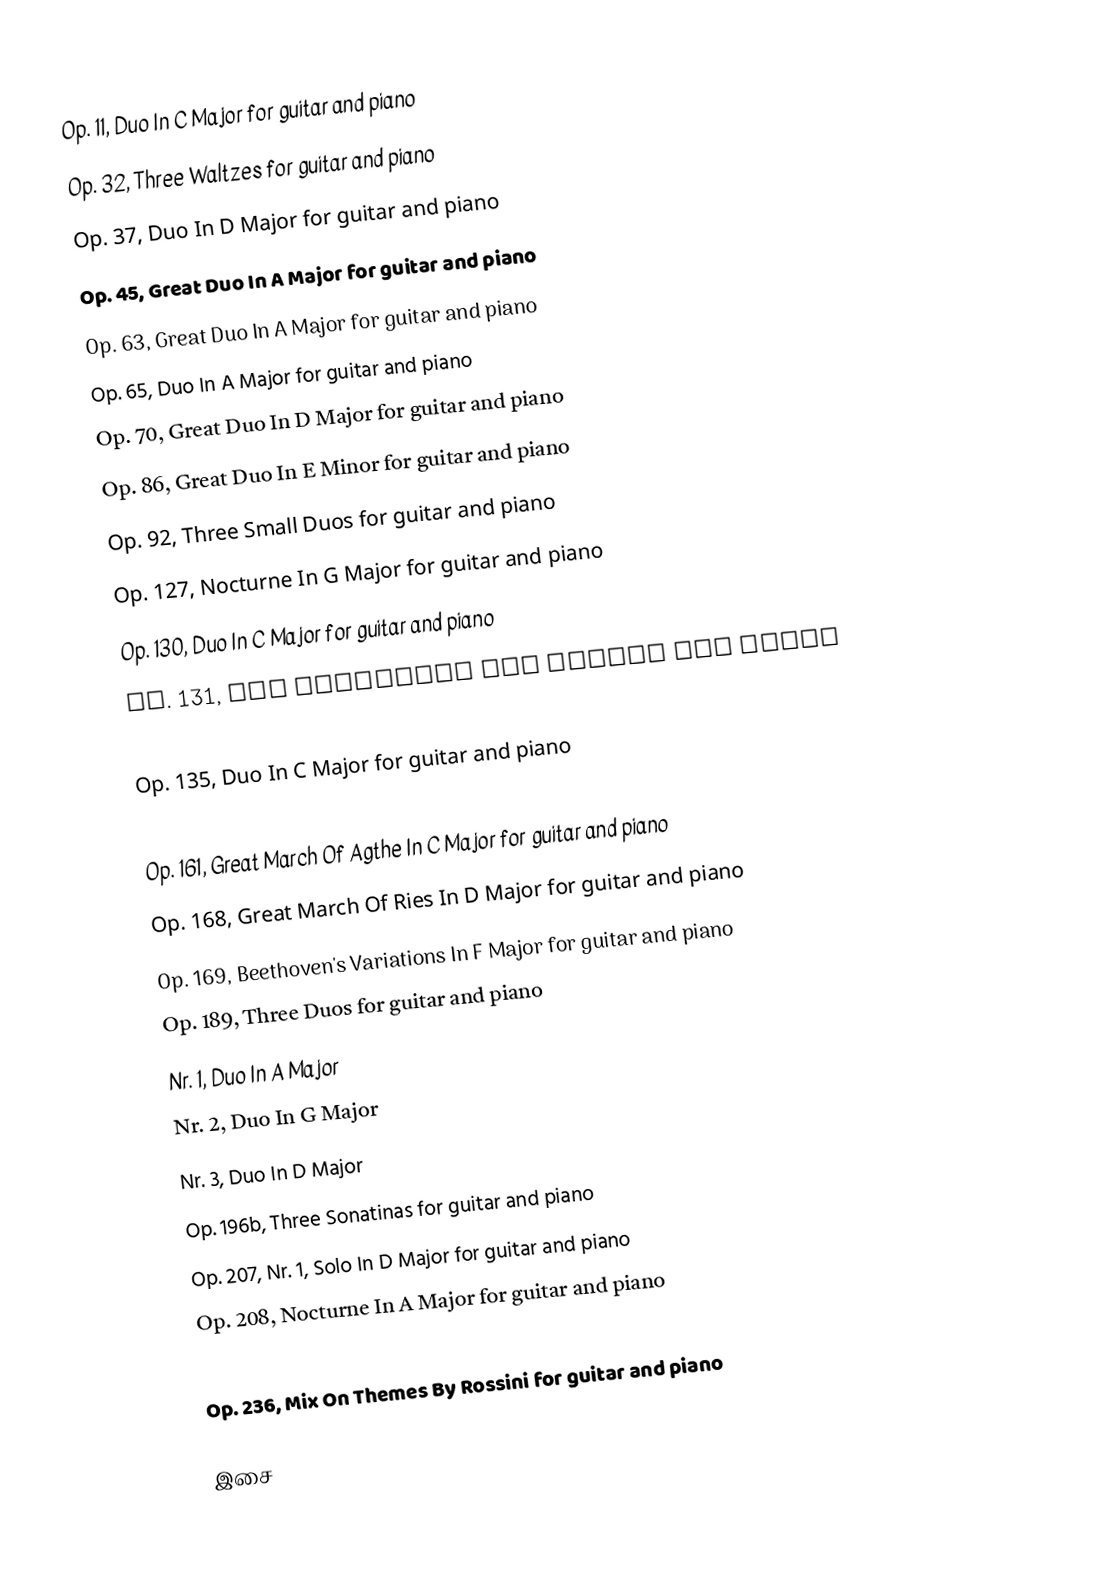
Op. 11, Duo In C Major for guitar and piano
Op. 32, Three Waltzes for guitar and piano
Op. 37, Duo In D Major for guitar and piano
Op. 45, Great Duo In A Major for guitar and piano
Op. 63, Great Duo In A Major for guitar and piano
Op. 65, Duo In A Major for guitar and piano
Op. 70, Great Duo In D Major for guitar and piano
Op. 86, Great Duo In E Minor for guitar and piano
Op. 92, Three Small Duos for guitar and piano
Op. 127, Nocturne In G Major for guitar and piano
Op. 130, Duo In C Major for guitar and piano
Op. 131, Two Nocturnes for guitar and piano
Op. 134, Duo In D Major for guitar and piano
Op. 135, Duo In C Major for guitar and piano
Op. 151, Duo In G Major for guitar and piano
Op. 161, Great March Of Agthe In C Major for guitar and piano
Op. 168, Great March Of Ries In D Major for guitar and piano
Op. 169, Beethoven's Variations In F Major for guitar and piano
Op. 189, Three Duos for guitar and piano
Nr. 1, Duo In A Major
Nr. 2, Duo In G Major
Nr. 3, Duo In D Major
Op. 196b, Three Sonatinas for guitar and piano
Op. 207, Nr. 1, Solo In D Major  for guitar and piano
Op. 208, Nocturne In A Major for guitar and piano
Op. 233, Two Duos On Themes By Rossini for guitar and piano
Op. 236, Mix On Themes By Rossini for guitar and piano

இசை